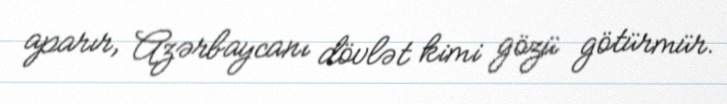
aparır, Azərbaycanı dövlət kimi gözü götürmür.